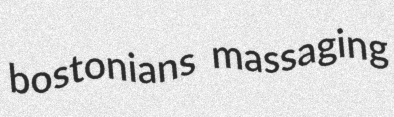
bostonians massaging